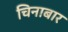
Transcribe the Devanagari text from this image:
चिनाबार